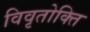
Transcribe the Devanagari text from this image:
विवृतोक्ति